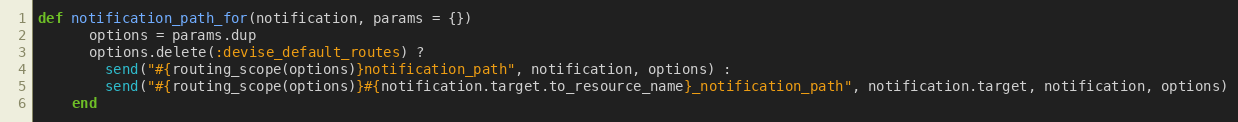
Language: Ruby
def notification_path_for(notification, params = {})
      options = params.dup
      options.delete(:devise_default_routes) ?
        send("#{routing_scope(options)}notification_path", notification, options) :
        send("#{routing_scope(options)}#{notification.target.to_resource_name}_notification_path", notification.target, notification, options)
    end